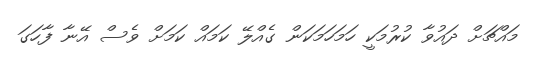
މައްޗަށް ދައުވާ ކުރުމަކީ ހަމަހަމަކަން ގެއްލޭ ކަމައް ކަމަށް ވެސް އޭނާ ފާހަގަ